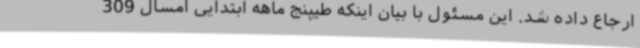
ارجاع داده شد. این مسئول با بیان اینکه طیپنج ماهه ابتدایی امسال 309